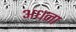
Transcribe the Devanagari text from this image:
अधना